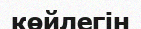
көйлегін